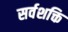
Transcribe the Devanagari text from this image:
सर्वशक्ति